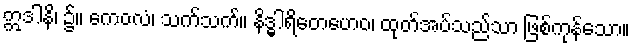
ဣဒါနိ၊ ၌။ ကေဝလံ၊ သက်သက်။ နိဒ္ဓါရိတေဟေဝ၊ ထုတ်အပ်သည်သာ ဖြစ်ကုန်သော။